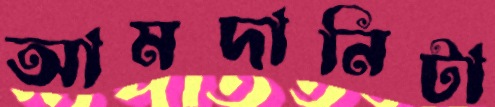
আমদানিটা